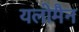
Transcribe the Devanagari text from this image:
यलोमैन